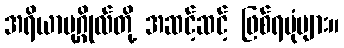
အရိယာပုဂ္ဂိုလ်တို့ အဆင့်ဆင့် ဖြစ်ရပုံများ။